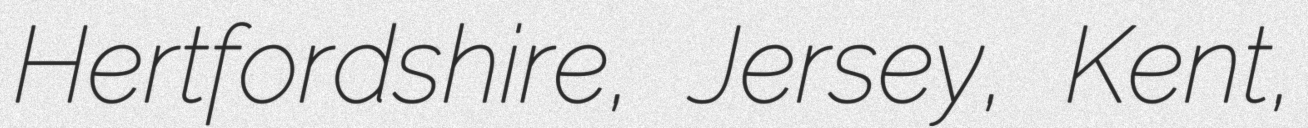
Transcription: Hertfordshire, Jersey, Kent,